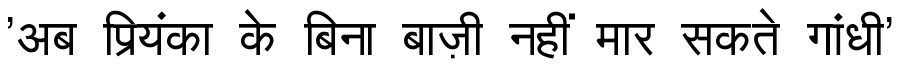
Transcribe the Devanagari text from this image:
'अब प्रियंका के बिना बाज़ी नहीं मार सकते गांधी'